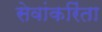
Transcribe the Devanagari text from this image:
सेवांकरिंता